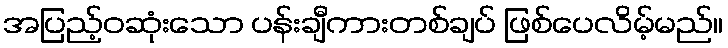
အပြည့်ဝဆုံးသော ပန်းချီကားတစ်ချပ် ဖြစ်ပေလိမ့်မည်။